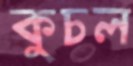
কুচল